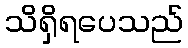
သိရှိရပေသည်